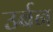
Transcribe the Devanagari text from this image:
उर्बन